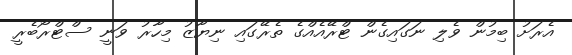
އެރަށު ބިމުން ވެލި ނަގައިގެން ޓްރޭއެއްގެ ތެރޭގައި ނިޔާޒު މިހާރު ވަނީ ސްޓްރޯބެރީ